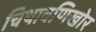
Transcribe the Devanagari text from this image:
चिथावणिखोर